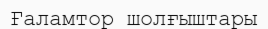
Ғаламтор шолғыштары